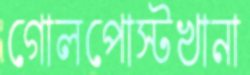
গোলপোস্টখানা